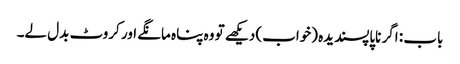
باب : اگر ناپاپسندیدہ (خواب) دیکھے تو وہ پناہ مانگے اور کروٹ بدل لے۔